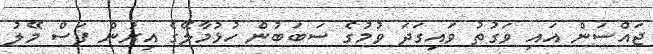
ޖައްސަން އައި ވަގުތު ވައިގަދަ ވުމުގެ ސަބަބުން ހުޅުމާލޭގެ އިރުން ފަސް މޭލު